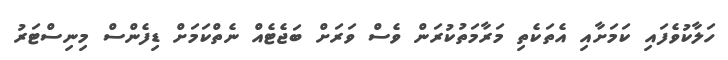
ހަލާކުވެފައި ކަމަށާއި އެތަކެތި މަރާމަތުކުރަން ވެސް ވަރަށް ބަޖެޓެއް ނެތްކަމަށް ޑިފެންސް މިނިސްޓަރު